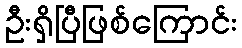
ဦးရှိပြီဖြစ်ကြောင်း